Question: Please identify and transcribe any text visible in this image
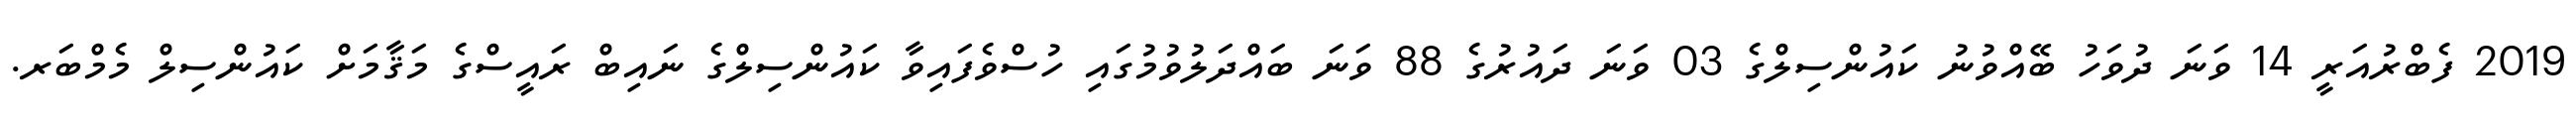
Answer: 2019 ފެބްރުއަރީ 14 ވަނަ ދުވަހު ބޭއްވުނު ކައުންސިލްގެ 03 ވަނަ ދައުރުގެ 88 ވަނަ ބައްދަލުވުމުގައި ހުސްވެފައިވާ ކައުންސިލްގެ ނައިބް ރައީސްގެ މަޤާމަށް ކައުންސިލް މެމްބަރ.